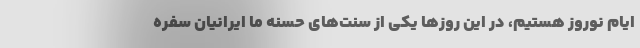
ایام نوروز هستیم، در این روزها یکی از سنت‌های حسنه ما ایرانیان سفره